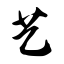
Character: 艺